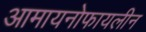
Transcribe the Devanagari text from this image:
आमायनोफायलीन